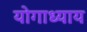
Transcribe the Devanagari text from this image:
योगाध्याय